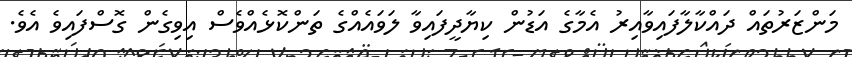
މަންޒަރުތައް ދައްކާލާފައިވާއިރު އެމާގެ އަޑުން ކިޔާދީފައިވާ ލަވައެއްގެ ތަންކޮޅެއްވެސް އިވިގެން ގޮސްފައިވެ އެވެ.